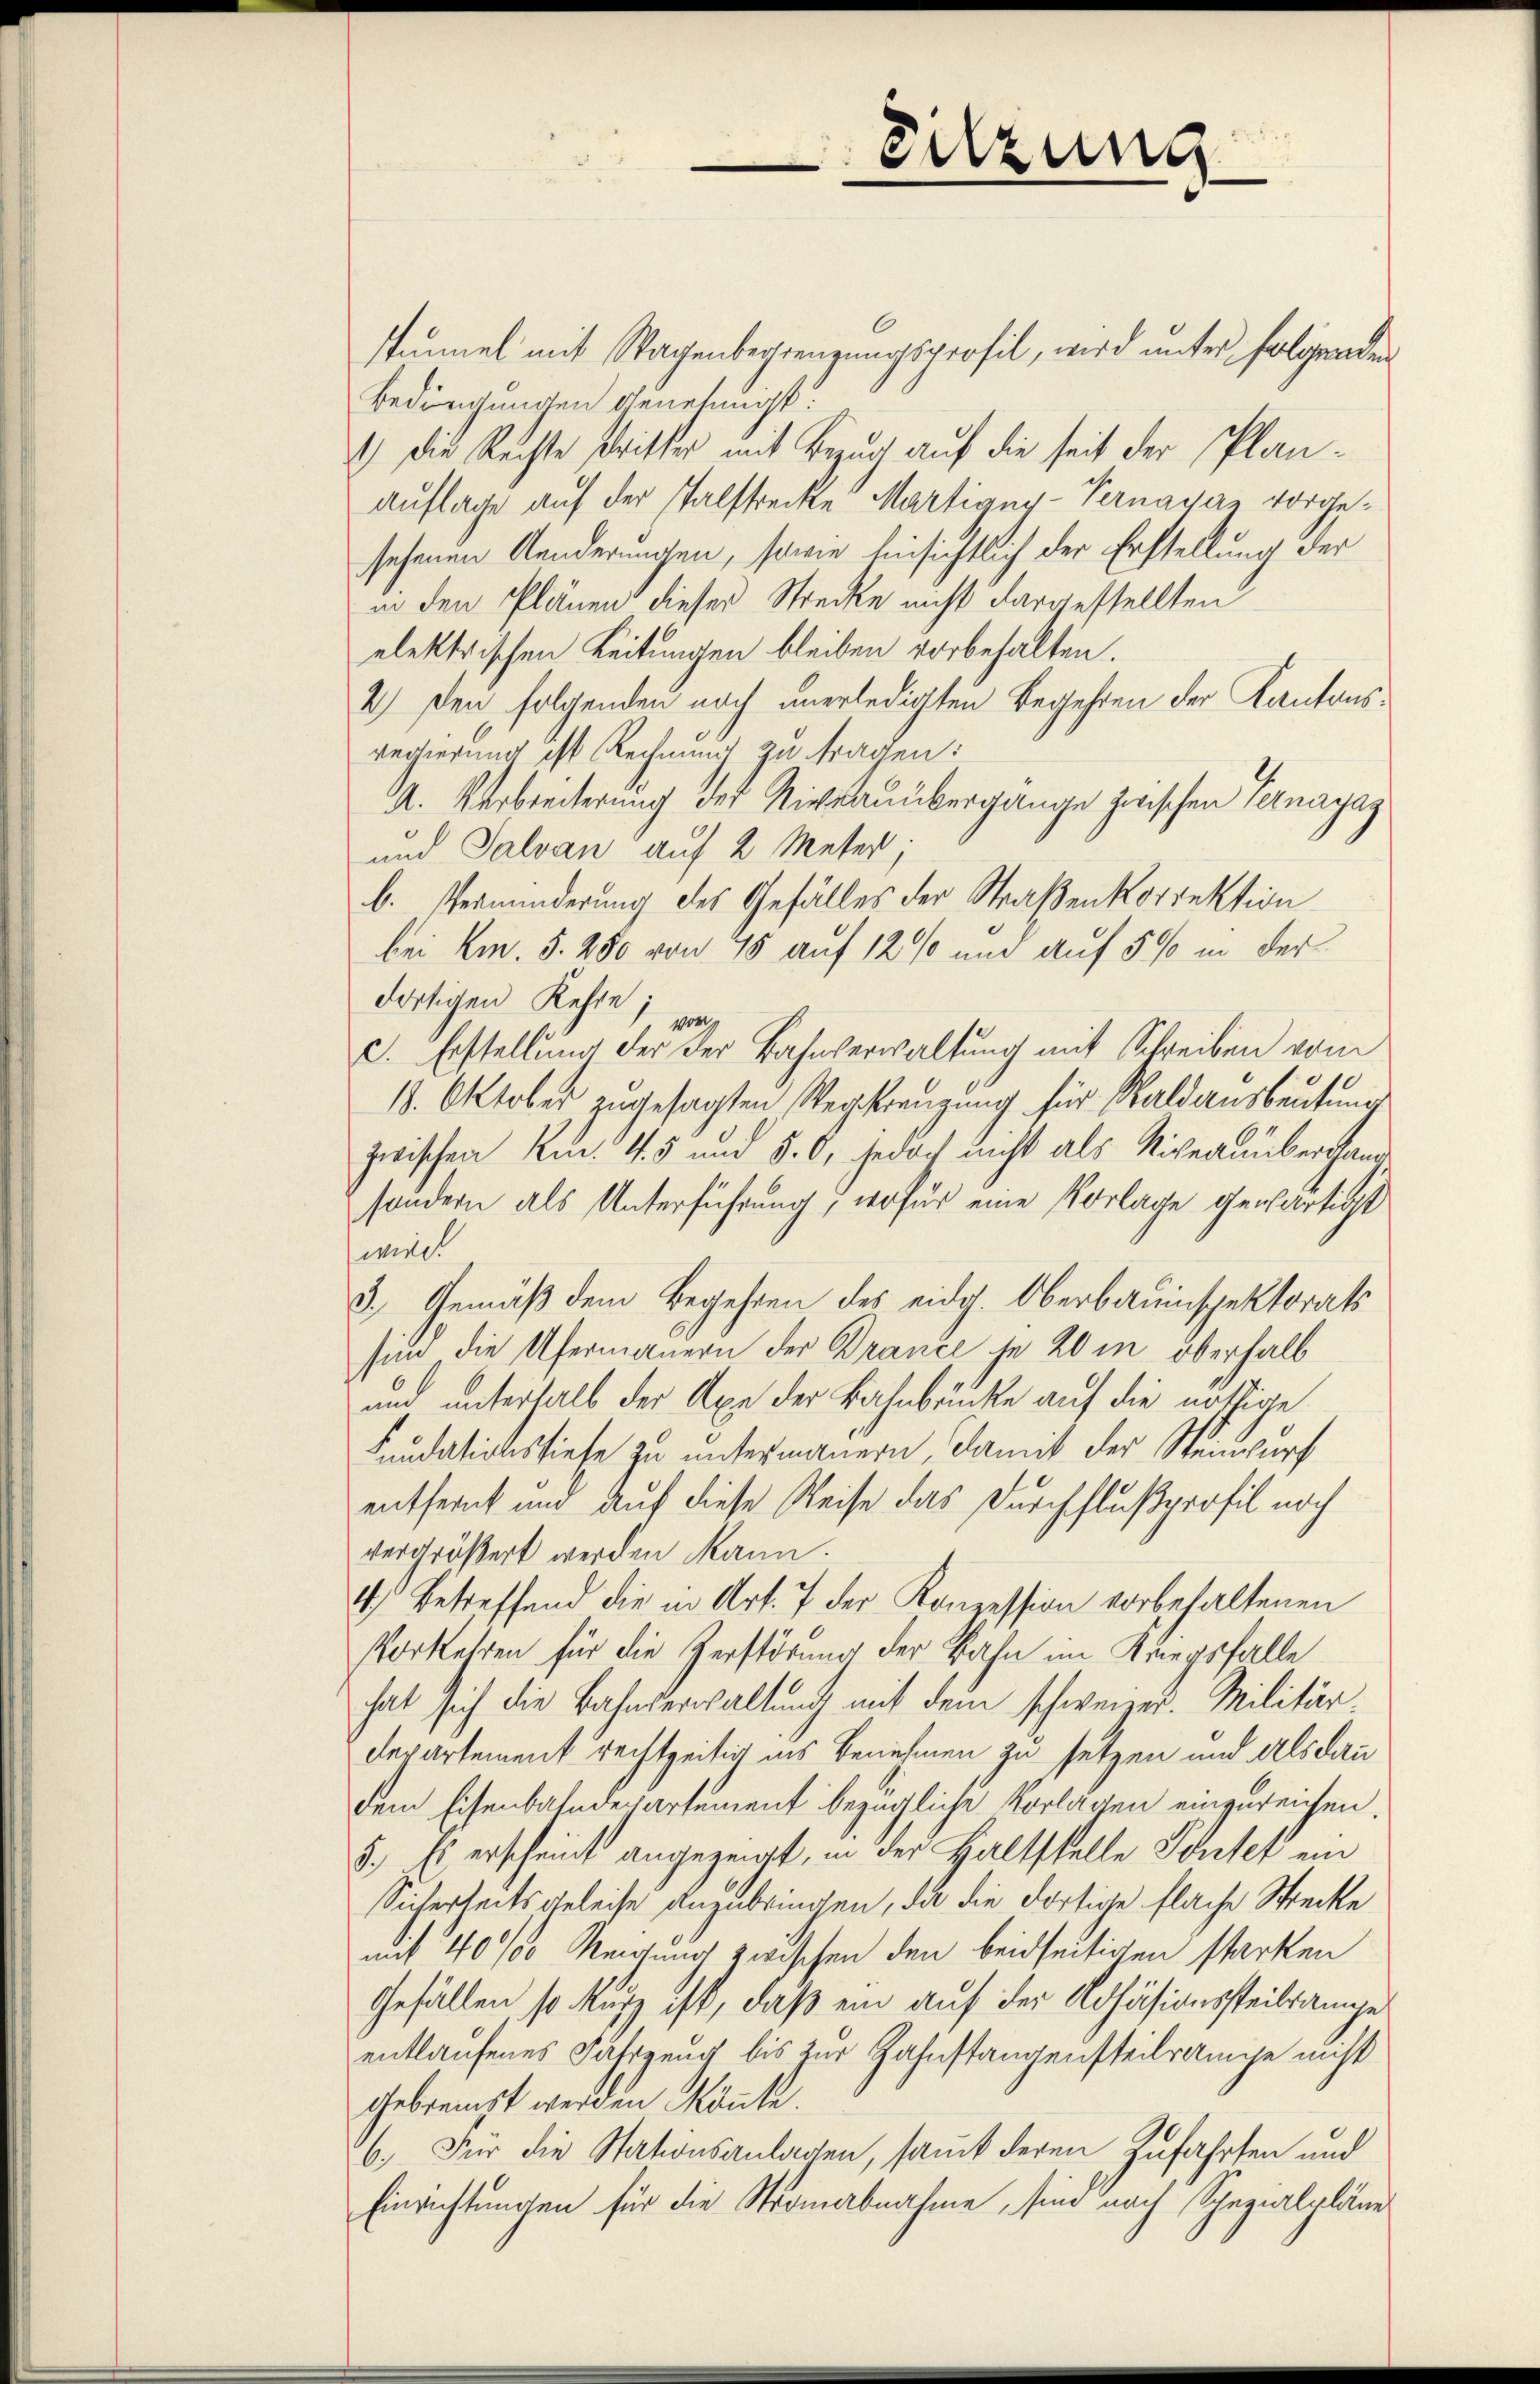
Sitzung

stummel mit Wagenbegrenzungsprofil, wird unter folgenden
Bedregungen genehmigt:
4) Die Rechte stritter mit Bezug auf die seit der Plan¬
Auflage auf der Palstrecke Martigny-Vernayar vorgesehenen Aenderungen, sowie hinsichtlich der Erstellung der
in den Plänen dieser Strecke nicht dargestellten
elektrischen Leitungen bleiben vorbehalten.
2.) Den folgenden noch unerledigten Begehren der Kantonsregierung ist Rechnung zu fragen:
A. Verbreiterung der Niveauübergange zwischen Vernayag
und Salvan auf 2 Meter;
b. Verminderung des Gefälles der Straßenkorrektion
bei Em. §. 250 von 15 auf 12 % und auf 5 % in der
dortigen Kehre;
vor.
c. Erstellung der der Bahnverwaltung mit Schreiben vom
18. Oktober zugesagten Wegrenzung für Waldausbeutung
zwischen Km. 45 und §. O, jedoch nicht als Niveaunbergang
sondern als Unterführung; wofür eine Vorlage gewärtigt
wied
3.) Gemäß dem Begehren des eidg. Oberbauinspektorats
sind die Ufermannern der Brance je 20 in überhalb
und unterhalb der Axe der Bahnbrücke auf die nöthige
Fundationstiefe zu untermauern, damit der Steinwurf
entfernt und auf diese Reise das Durchflußprofil noch
vergrößert werden kann.
4) Betreffend die in Art. 7 der Konzession vorbehaltenen
Vorkehren für die Zerstörung der Bahn im Kriegsfalle
hat sich die Bahnverwaltung mit dem schweizer. Militär-
departement rechtzeitig ins Benehmen zu setzen und als dann
dem Eisenbahndepartement bezügliche Vorlagen eingereichen.
5.) Es erscheint angezeigt, in der Haltstelle Schler ein
Sicherheits geleise anzubringen, da die dortige flache Strecke
mit 40% Neigung zwischen den beidseitigen starken
Gefällen so kurz ist, daß ein auf der Kohäsionssteilsame
entlaufenes Fahrzeug bis zur Zahnstangensteilrampe nicht
gebremst werden könnte.
26. Für die Stationsanlagen, samt deren Zufahrten und
Einrichtungen für die Stranabnahme, sind nach Spezialpläne